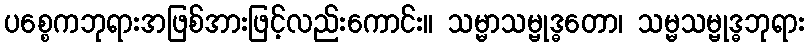
ပစ္စေကဘုရားအဖြစ်အားဖြင့်လည်းကောင်း။ သမ္မာသမ္ဗုဒ္ဓတော၊ သမ္မသမ္ဗုဒ္ဓဘုရား